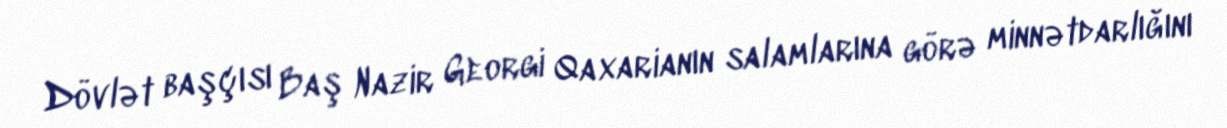
Dövlət başçısı Baş Nazir Georgi Qaxarianın salamlarına görə minnətdarlığını